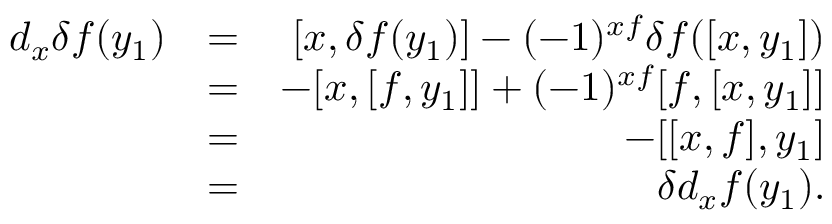
\begin{array} { r l r } { d _ { x } \delta f ( y _ { 1 } ) } & { = } & { [ x , \delta f ( y _ { 1 } ) ] - ( - 1 ) ^ { x f } \delta f ( [ x , y _ { 1 } ] ) } \\ & { = } & { - [ x , [ f , y _ { 1 } ] ] + ( - 1 ) ^ { x f } [ f , [ x , y _ { 1 } ] ] } \\ & { = } & { - [ [ x , f ] , y _ { 1 } ] } \\ & { = } & { \delta d _ { x } f ( y _ { 1 } ) . } \end{array}